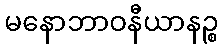
မနောဘာဝနီယာနဉ္စ